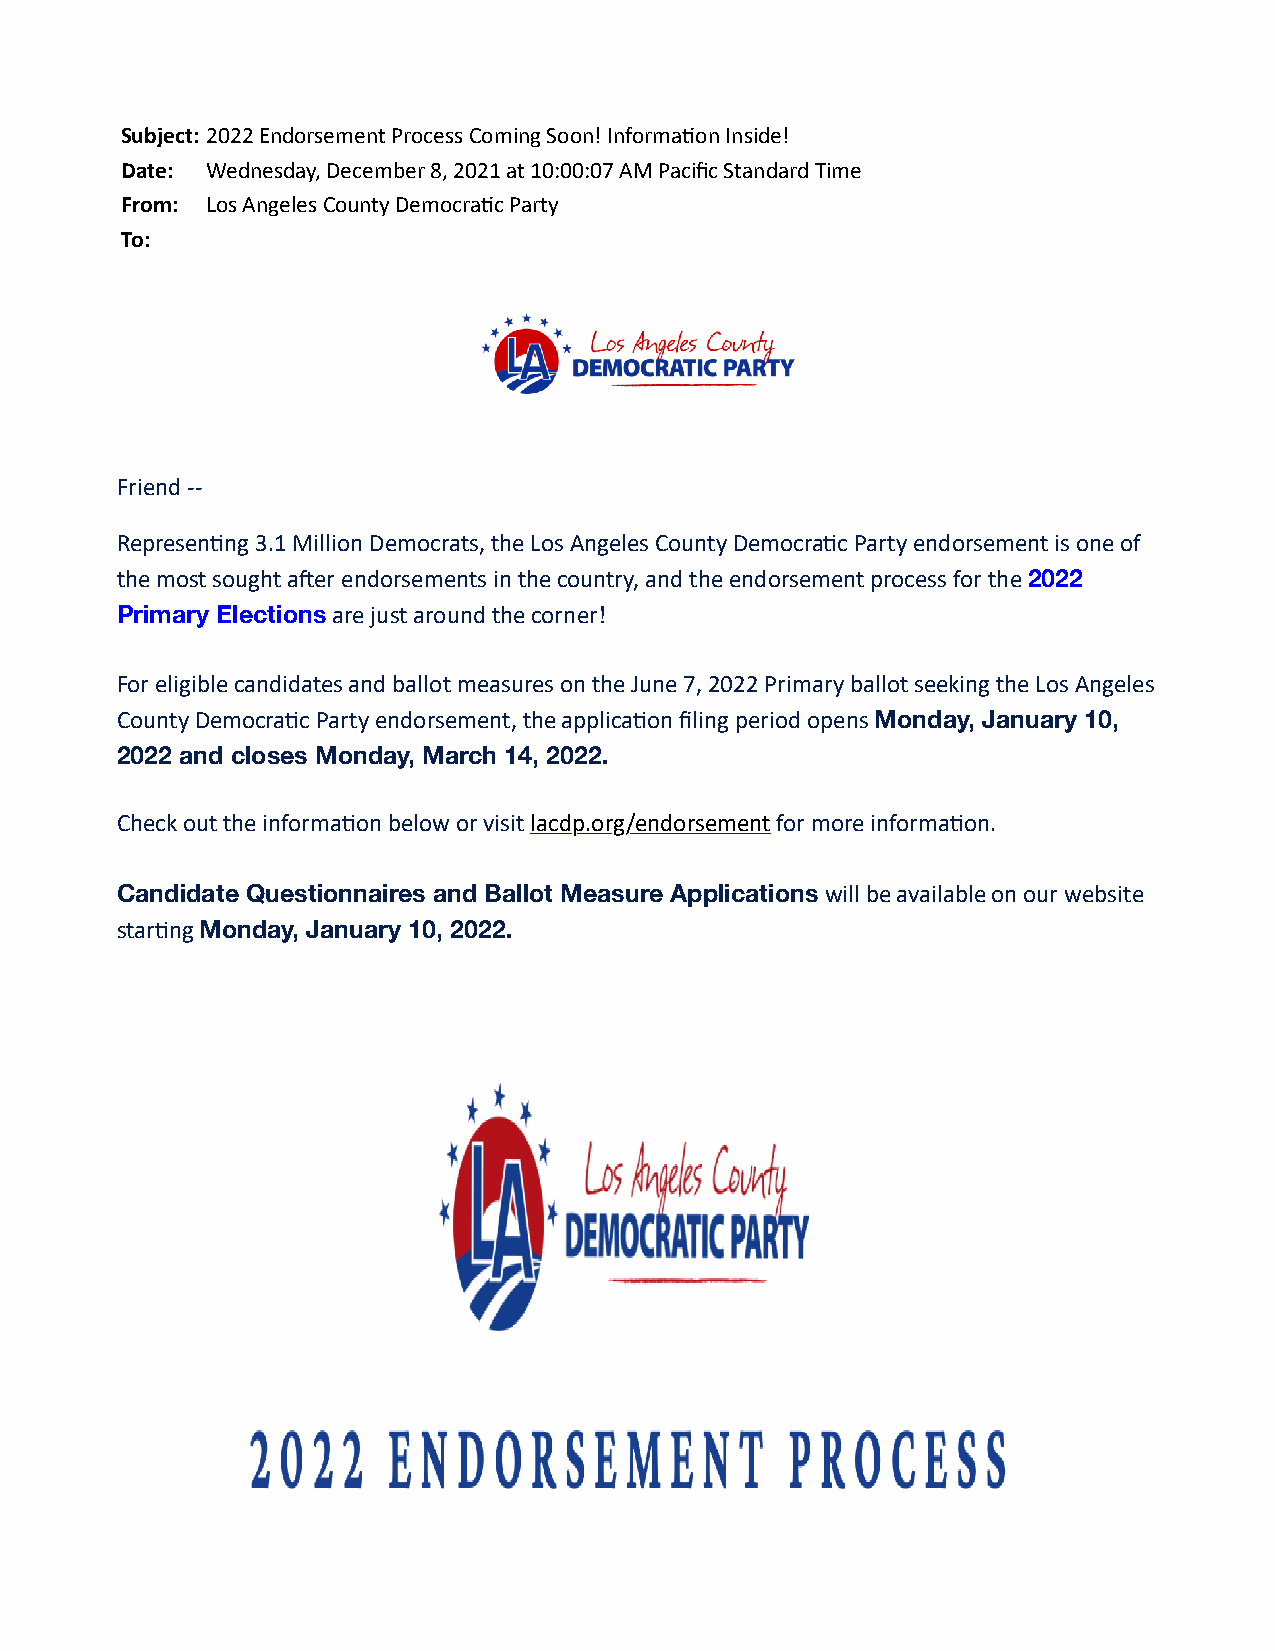
Subject:2022 Endorsement Process Coming Soon! Informa7on Inside!
 Date: Wednesday, December 8, 2021 at 10:00:07 AM Pacific Standard Time
 From: Los Angeles County Democra7c Party
 To:   hboknmark@earthlink.net
 Friend --
 Represen7ng 3.1 Million Democrats, the Los Angeles County Democra7c Party endorsement is one of
 the most sought aQer endorsements in the country, and the endorsement process for the 2022
 Primary Elections are just around the corner!
 For eligible candidates and ballot measures on the June 7, 2022 Primary ballot seeking the Los Angeles
 County Democra7c Party endorsement, the applica7on filing period opens Monday, January 10,
 2022 and closes Monday, March 14, 2022.
 Check out the informa7on below or visit lacdp.org/endorsement for more informa7on.
 Candidate Questionnaires and Ballot Measure Applications will be available on our website
 star7ng Monday, January 10, 2022.